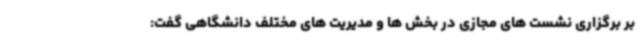
بر برگزاری نشست های مجازی در بخش ها و مدیریت های مختلف دانشگاهی گفت: